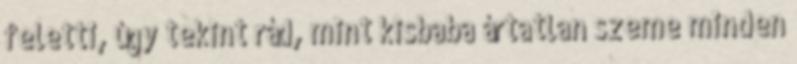
feletti, úgy tekint rád, mint kisbaba ártatlan szeme minden